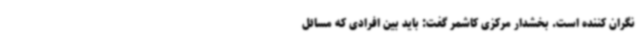
نگران کننده است. بخشدار مرکزی کاشمر گفت: باید بین افرادی که مسائل